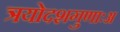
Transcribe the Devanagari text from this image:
त्रयोदशगुणाःअ